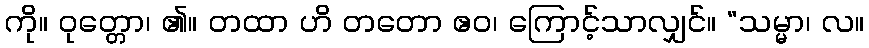
ကို။ ဝုတ္တော၊ ၏။ တထာ ဟိ တတော ဧဝ၊ ကြောင့်သာလျှင်။ “သမ္မာ၊ လ။